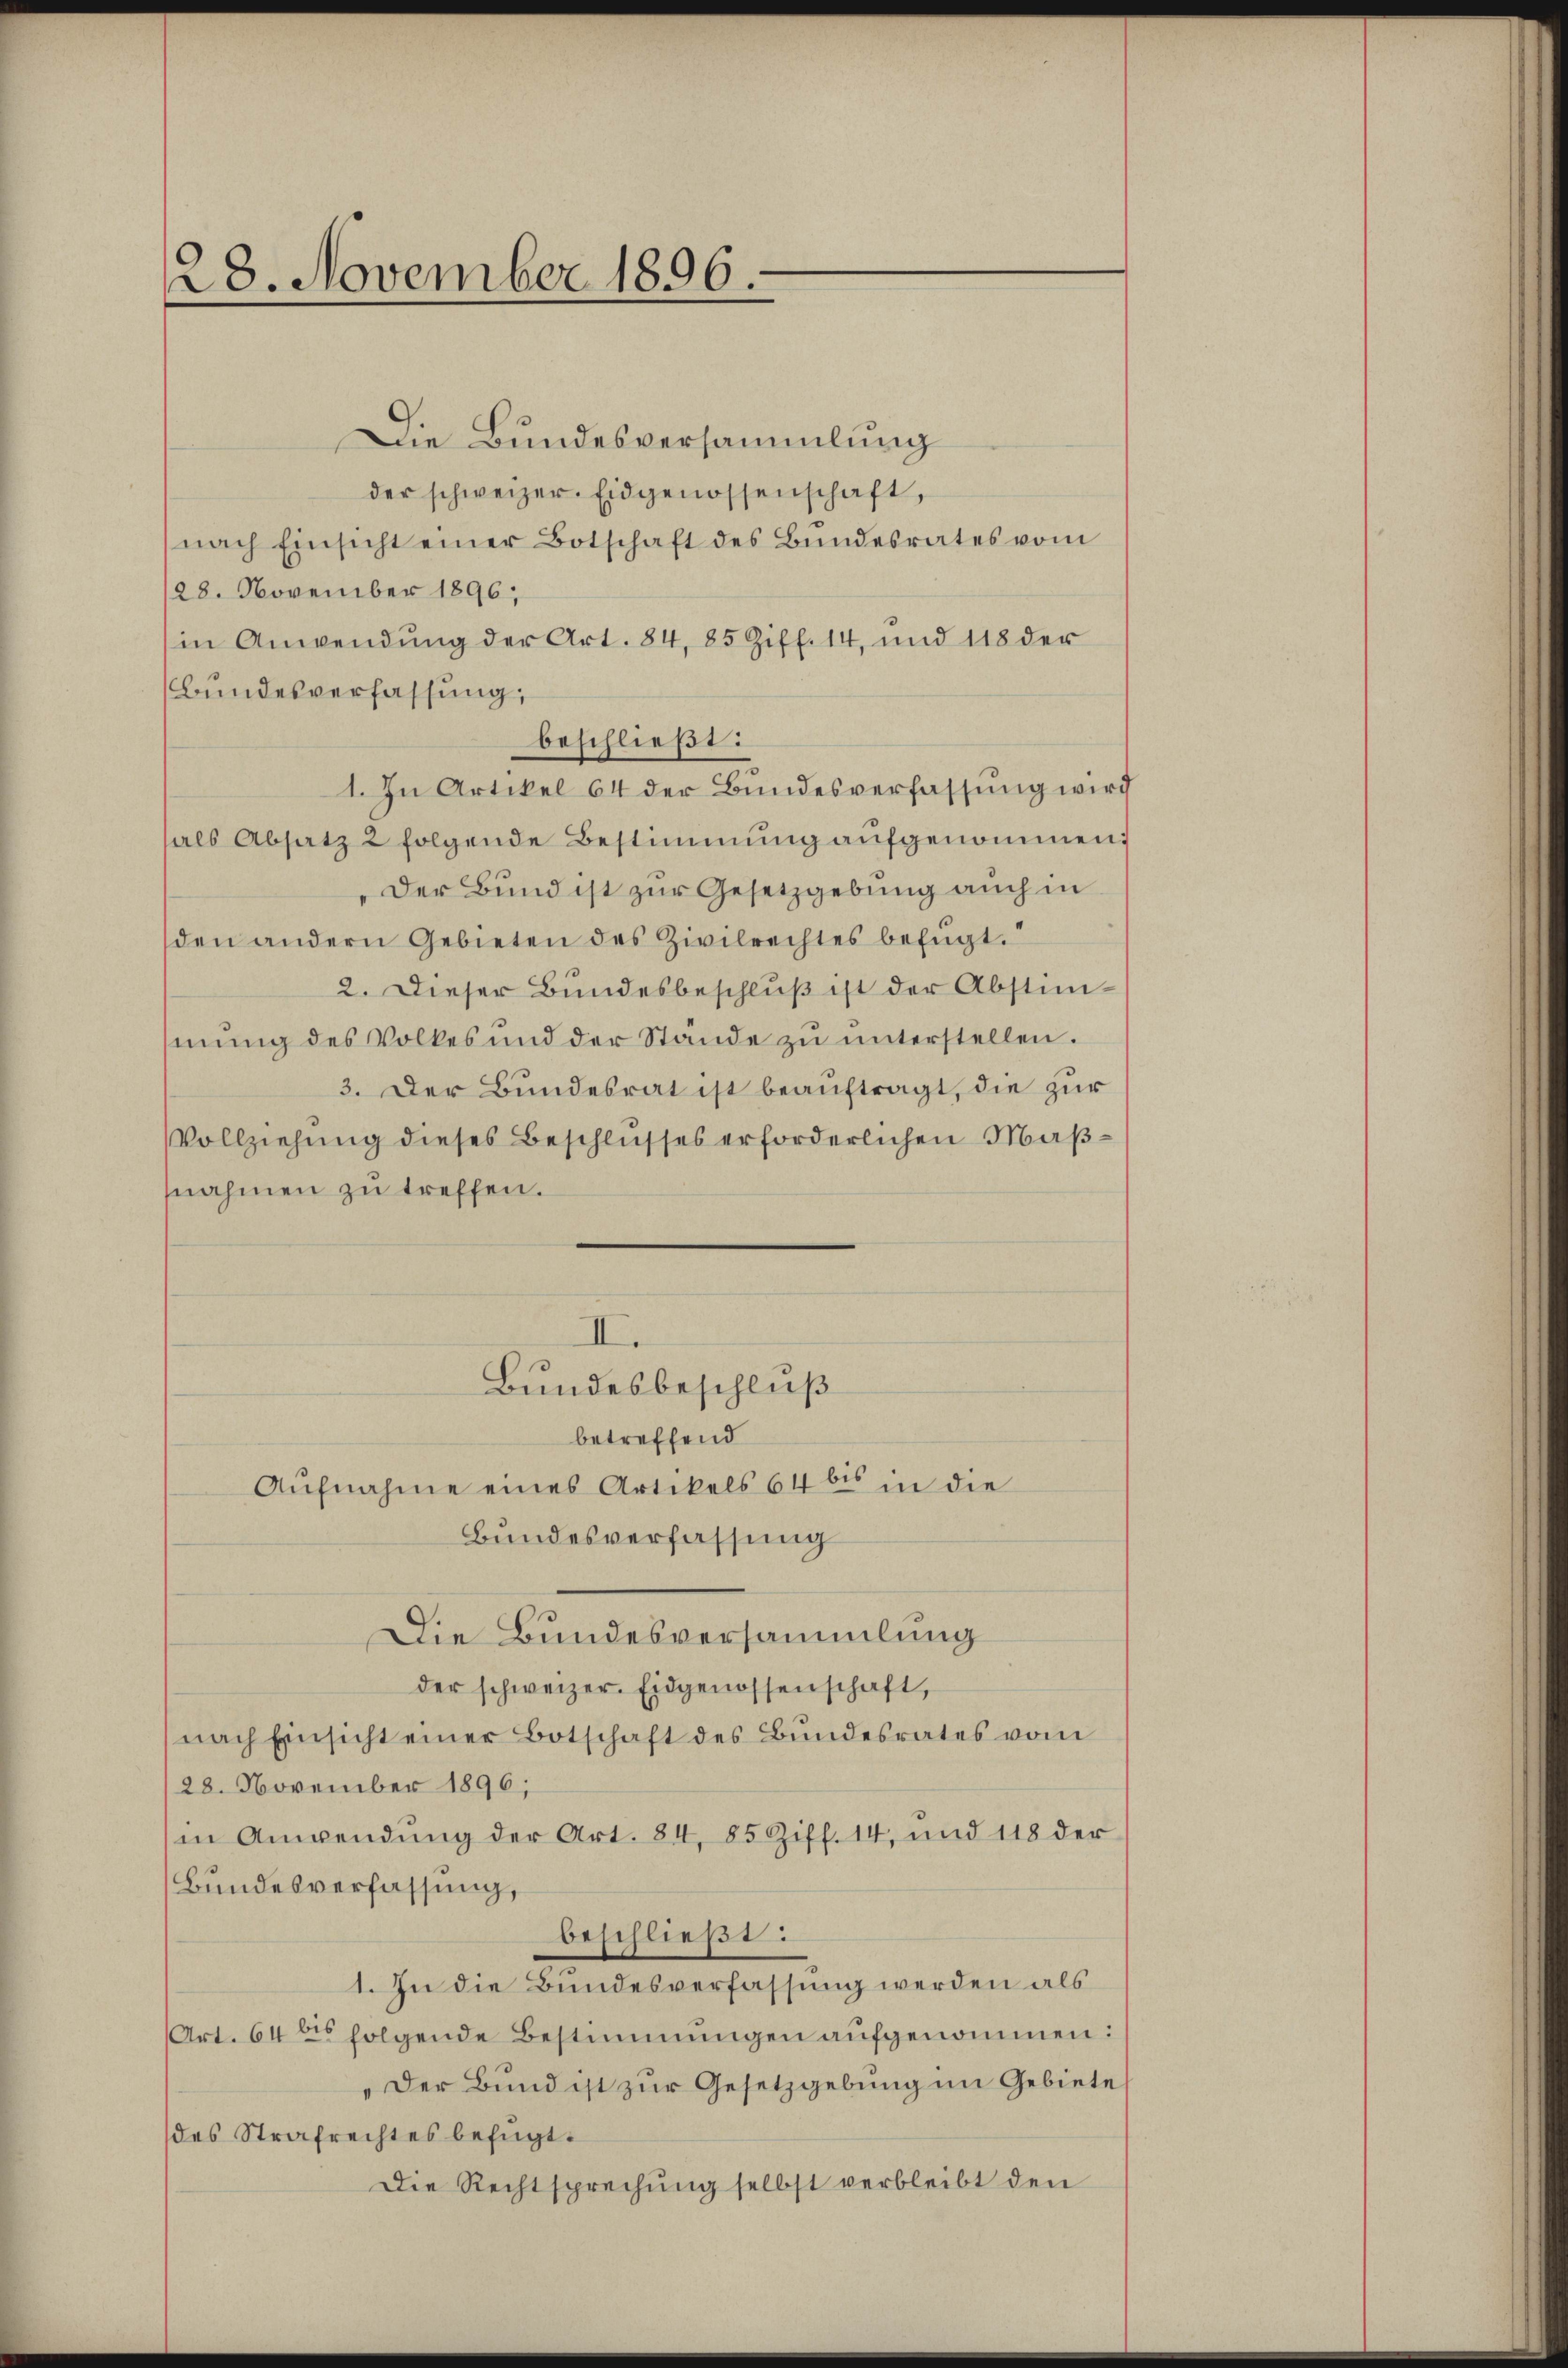
28. November 1896.

Die Bundesversammlung
der schweizer. Eidgenossenschaft,
nach Einsicht einer Botschaft des Bŭndesrates vom
28. November 1896;
in Anwendung der Art. 84, 85 Ziff. 14, und 118 der
Bundesverfassung,
beschließt:
1. In Artikel 64 der Bundesverfassung wird
hals Absatz 2 folgende Bestimmung aufgenommen;
Der Bund ist zur Gesetzgebung auch in
den andern Gebieten des Zivilrechtes befugt.“
2. Dieser Bundesbeschlŭβ ist der Abstim-
mung des Volkes und der Stande zu unterstellen.
3. Der Bundesrat ist beauftragt, die zur
Vollziehung dieses Beschlusses erforderlichen Maßnahmen zu treffen.
III.
Bundesbeschluß
betreffend
Aufnahme eines Artikels 64 bis in die
Bundesverfassung
Die Bundesversammlung
der schweizer. Eidgenossenschaft,
nach Einsicht einer Botschaft des Bundesrates vom
28. November 1896;
in Anwendung der Art. 84, 85 Ziff. 14, und 118 der
Bundesverfassung,
beschließt:
1. In die Bundesverfassung werden als
Art. 64 des folgende Bestimmungen aufgenommen:
„Der Bund ist zur Gesetzgebung im Gebiete
des Strafrechtes befügt:
Die Rechtsprechung selbst verbleibt den